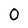
Character: O